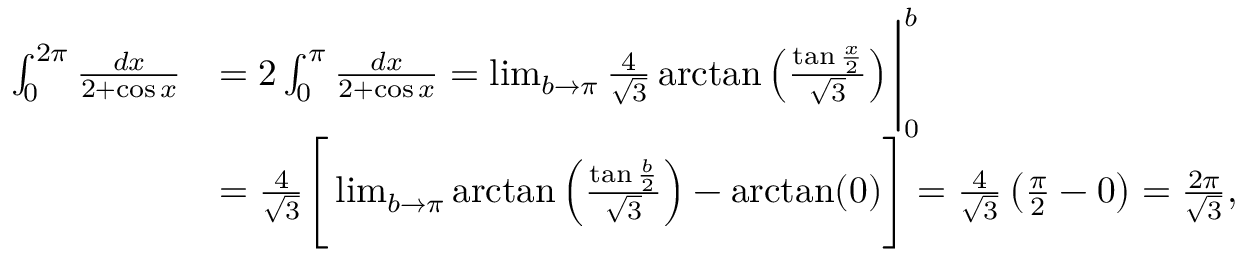
{ \begin{array} { r l } { \int _ { 0 } ^ { 2 \pi } { \frac { d x } { 2 + \cos x } } } & { = 2 \int _ { 0 } ^ { \pi } { \frac { d x } { 2 + \cos x } } = \operatorname* { l i m } _ { b \rightarrow \pi } { \frac { 4 } { \sqrt { 3 } } } \arctan \left( { \frac { \tan { \frac { x } { 2 } } } { \sqrt { 3 } } } \right) { \Biggl | } _ { 0 } ^ { b } } \\ & { = { \frac { 4 } { \sqrt { 3 } } } { \Biggl [ } \operatorname* { l i m } _ { b \rightarrow \pi } \arctan \left( { \frac { \tan { \frac { b } { 2 } } } { \sqrt { 3 } } } \right) - \arctan ( 0 ) { \Biggl ] } = { \frac { 4 } { \sqrt { 3 } } } \left( { \frac { \pi } { 2 } } - 0 \right) = { \frac { 2 \pi } { \sqrt { 3 } } } , } \end{array} }